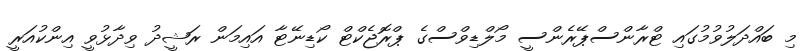
މި ބައްދަލުވުމުގައި ޓްރާންސްޕޭރެންސީ މޯލްޑިވްސްގެ ޕްރޮޖެކްޓް ކޯޑިނޭޓާ އައިމަން ރަޝީދު ވިދާޅުވީ އިންކުއަރީ